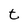
Character: t